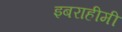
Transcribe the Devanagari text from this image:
इबराहीमी